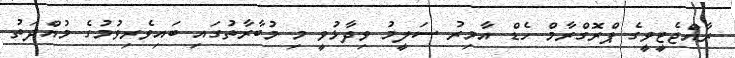
ރާއްޖެޓީވީގެ ޕްރޮގްރާމް ހެޑް އާމިރު ސަލީމު ވިދާޅުވީ މި މުބާރާތުގައި ބައިވެރިވުމުގެ މުއްދަތު